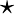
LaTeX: \star